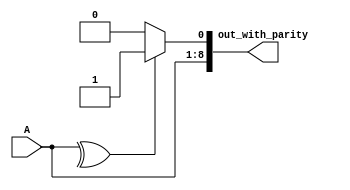
module even_parity (
    input [7:0] A,
    output [8:0] out_with_parity
);
    assign out_with_parity = (^A)? {A,1'b1}:{A,1'b0};
endmodule